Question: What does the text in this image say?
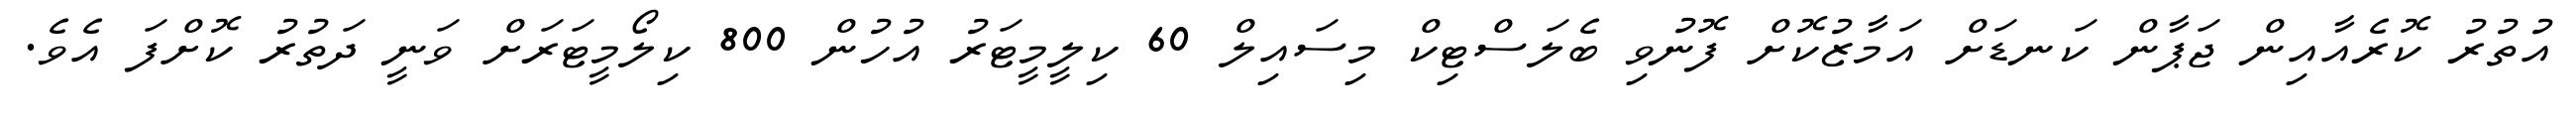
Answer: އުތުރު ކޮރެއާއިން ޖަޕާން ކަނޑަށް އަމާޒުކޮށް ފޮނުވި ބެލަސްޓިކް މިސައިލް 60 ކިލީމީޓަރު އުހުން 800 ކިލޯމީޓަރަށް ވަނީ ދަތުރު ކޮށްފަ އެވެ.